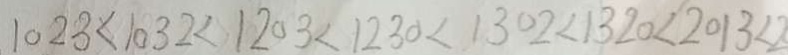
1 0 2 3 < 1 0 3 2 < 1 2 0 3 < 1 2 3 0 < 1 3 0 2 < 1 3 2 0 < 2 0 1 3 < 2